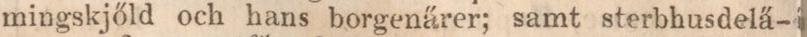
mingskjőld och hans borgenärer; samt sterbhusdelä-